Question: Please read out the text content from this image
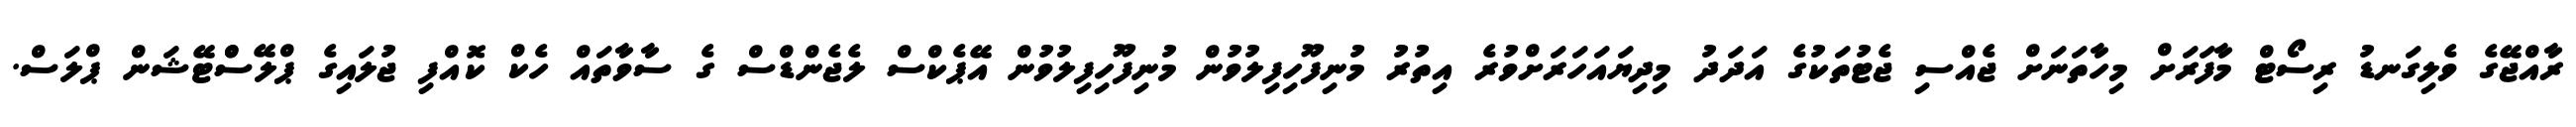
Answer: ރާއްޖޭގެ ވެލިގަނޑު ރިސޯޓް މާފަރަށް މިހާތަނަށް ޖެއްސި ޖެޓުތަކުގެ އަދަދު މިދިޔައަހަރަށްވުރެ އިތުރު މުނިފޫހިފިލުވުން މުނިފޫހިފިލުވުން އޭޕެކްސް ލެޖެންޑްސް ގެ ސާވާތައް ހެކް ކޮއްފި ޖުލައިގެ ޕްލޭސްްޓޭޝަން ޕްލަސް.